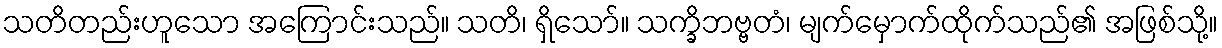
သတိတည်းဟူသော အကြောင်းသည်။ သတိ၊ ရှိသော်။ သက္ခိဘဗ္ဗတံ၊ မျက်မှောက်ထိုက်သည်၏ အဖြစ်သို့။